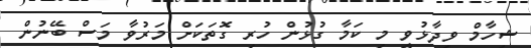
ޝިހާމް ވިދާޅުވީ މި ކަމާ ގުޅުން ހުރި ގޮތަކަށް މަރުވާ މަސް ބޭނުން